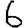
Digit: 6